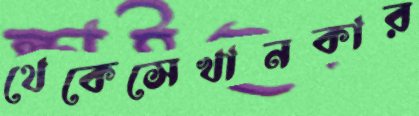
থেকেসেখানকার